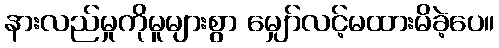
နားလည်မှုကိုမူများစွာ မျှော်လင့်မထားမိခဲ့ပေ။